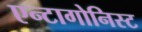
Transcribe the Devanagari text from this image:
एन्टागोनिस्ट